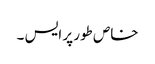
خاص طور پر ایس ۔